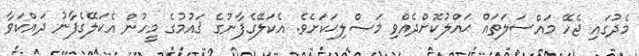
މެދުގައި ޖެހޭ މައްސަލަތައް ޙައްލުކޮށްދެއްވި މަޞްލިޙަކަށެވެ. އެކަލޭގެފާނުގެ ޤައުމުގެ މީހުން އެކަލޭގެފާނު ދައްކަވާ